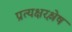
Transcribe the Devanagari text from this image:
प्रत्यक्षरश्लेष